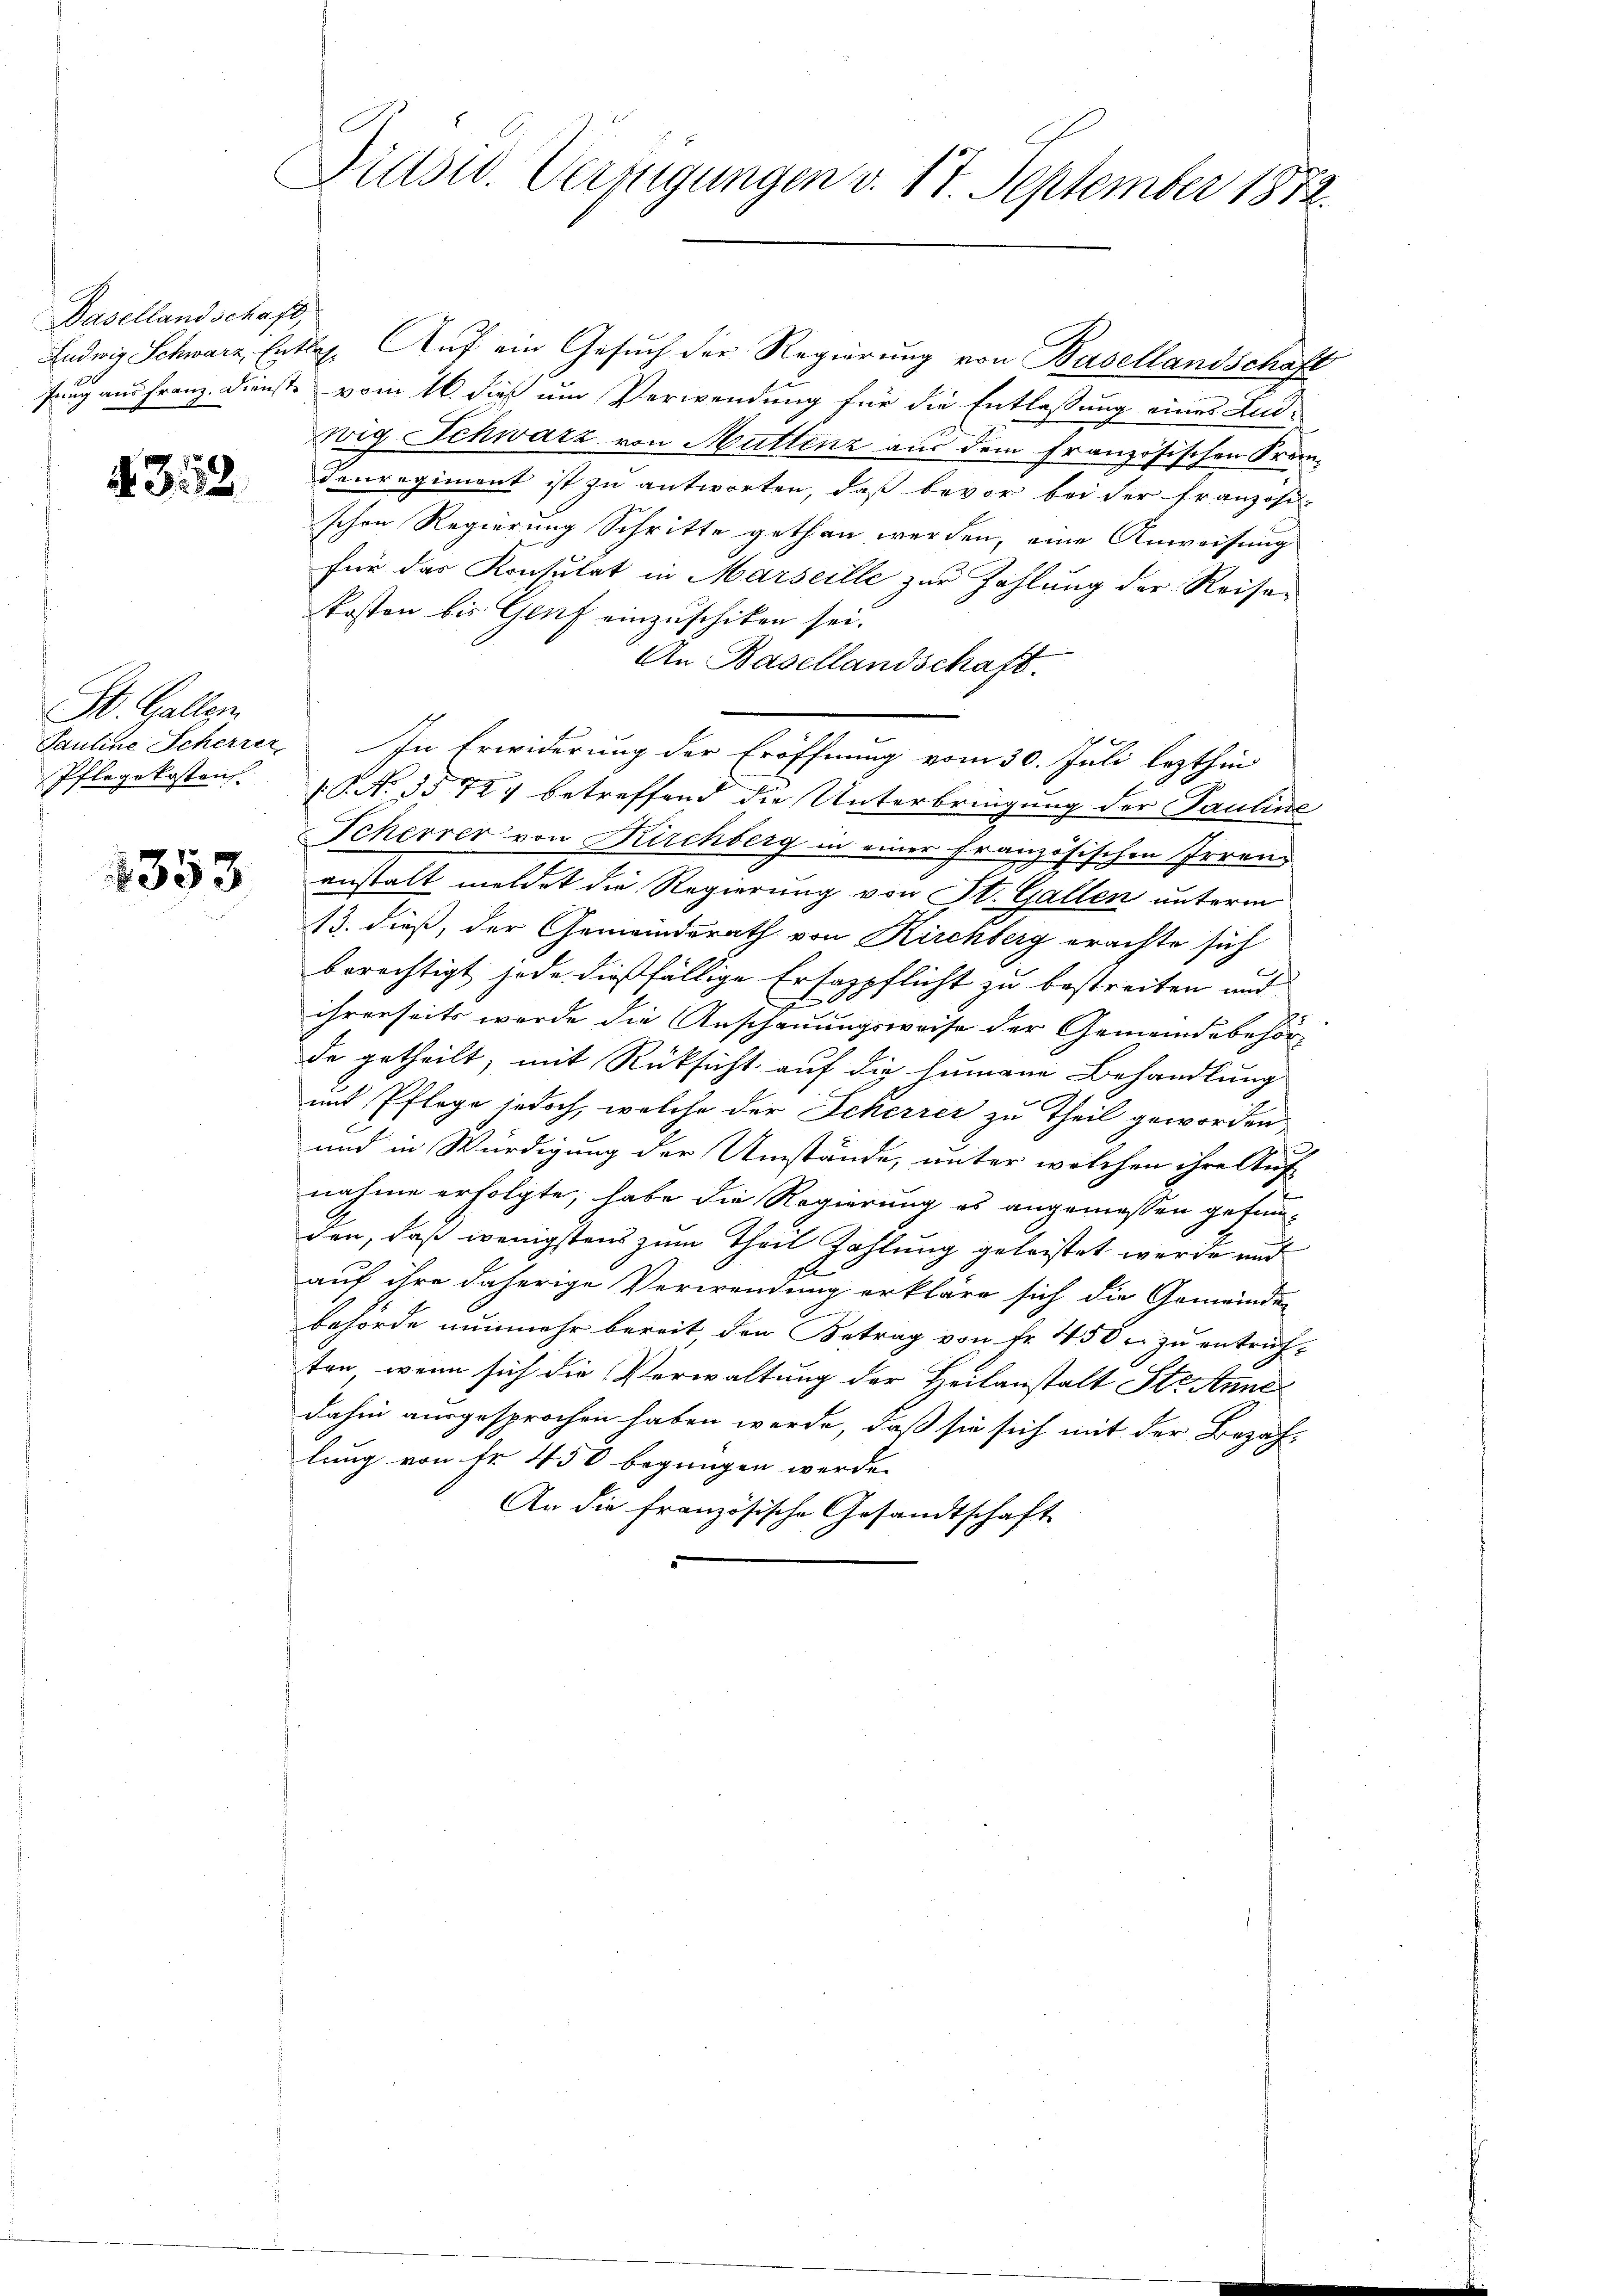
Basellandschaft,

d. 313.

St. Gallen.

Präsid. Verzigungen v. 17. September 1872.

Ludwig Schwarz, Entlas. Auf ein Gesuch der Regierung von Basellandschaft
fung aus Franz. Dienste vom 16. dieß um Verwendung für die Entlassung eines And-
wig Schwarz von Muttenz aus dem französischen Krandenregiment ist zu antworten, daß bevor bei der Französi-
schen Regierung Schritte gethan werden, eine Anweisung
für das Konsutat in Marseille zur Zahlung der Reisekosten bis Genf einzuschiken sei.
An Basellandschaft.
Pauline Scherrer. In Erwiderung der Eröffnung vom 30. Juli lezthin
Pflegekosten. (N. §§ 724 betreffend die Unterbringung der Pauline
Scherrer von Kirchberg in einer Französischen Irren
 anstalt meldet die Regierung von St. Gallen unterm
13. dieß, der Gemeinderath von Kirchberg erachte sich
berechtigt jede dießfällige Ersazpflicht zu bestreiten und
xx
ihrerseits werde die Anschauungsweise der Gemeindebehörde getheilt, mit Rücksicht auf die Humane Behandlung
und Pflege jedoch, welche der Scherrer zu Theil geworden
und in Würdigung der Umstände, unter welchen ihre Auf-
nahme erfolgte, habe die Regierung es angemessen gefunden, daß wenigstens zum Theil Zahlung geleistet werde und
auf ihre daherige Verwendung erkläre sich die Gemeinde-
behörde nunmehr bereit, den Betrag von Fr. 450 r. zu entrich-
ten, wenn sich die Verwaltung der Heilanstalt Steanne
dahin ausgesprochen haben werde, daß sie sich mit der Bezah-
lung von Fr. 450 begnügen werde.
An die französische Gesandtschaft